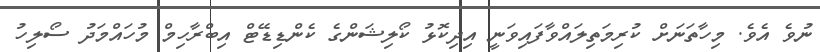
ނުވެ އެވެ. މިހާތަނަށް ކުރިމަތިލައްވާފައިވަނީ އިދިކޮޅު ކޯލިޝަންގެ ކެންޑިޑޭޓް އިބްރާހިމް މުހައްމަދު ސޯލިހު